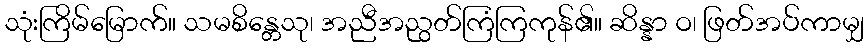
သုံးကြိမ်မြောက်။ သမစိန္တေသု၊ အညီအညွတ်ကြံကြကုန်၏။ ဆိန္နာ ဝ၊ ဖြတ်အပ်ကာမျှ